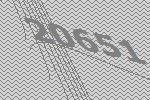
20651